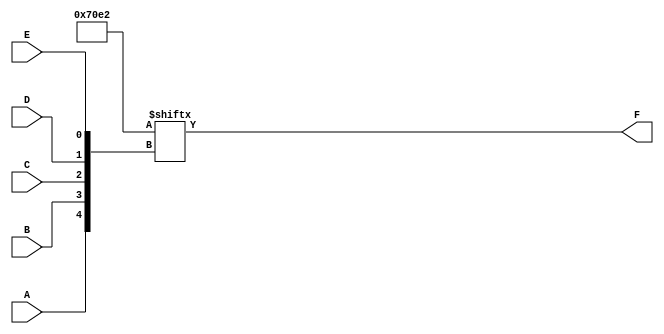
module five_variable_kmap (
    input wire A,  // Input variable A
    input wire B,  // Input variable B
    input wire C,  // Input variable C
    input wire D,  // Input variable D
    input wire E,  // Input variable E
    output wire F  // Output variable F
);

// Define the minterms for the K-map.
// For example, let's assume the following minterms are 1:
// Minterms: 0, 1, 2, 3, 8, 9, 10, 14 (you can modify these based on your K-map)
wire [31:0] minterms;
assign minterms = {1'b0, 1'b1, 1'b1, 1'b1,  // Minterms for A'B'C'D'
                   1'b0, 1'b0, 1'b0, 1'b0,  // Minterms for A'B'C'D'
                   1'b1, 1'b1, 1'b1, 1'b0,  // Minterms for A'B'C'D'
                   1'b0, 1'b0, 1'b1, 1'b0}; // Minterms for A'B'C'D'

// The output F is derived from the minterms
assign F = minterms[{A, B, C, D, E}];

endmodule